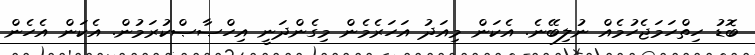
ބޮޑު ހިތްހަމަޖެހުމެއް ނުލިބޭނެ. އެކަން މިއަދު އަހަރެމެން މިގެންދަނީ އިހްޞާޞްކުރަމުން. އެކަން އެހެން